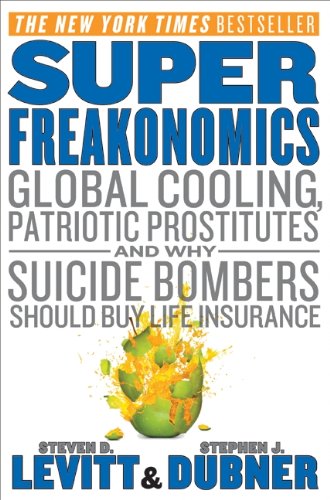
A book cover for Super Freakonomics: Global Cooling, Patriotic Prostitutes, and Why Suicide Bombers Should Buy Life Insurance; Steven D. Levitt; Business & Money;